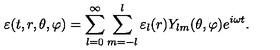
\varepsilon ( t , r , \theta , \varphi ) = \sum _ { l = 0 } ^ { \infty } \sum _ { m = - l } ^ { l } \varepsilon _ { l } ( r ) Y _ { l m } ( \theta , \varphi ) e ^ { i \omega t } .